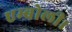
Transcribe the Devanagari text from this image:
एम्बोली।